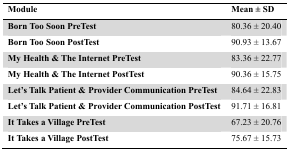
<table><thead><tr><td><b>Module</b></td><td><b>Mean ± SD</b></td></tr></thead><tbody><tr><td><b>Born Too Soon PreTest</b></td><td>80.36 ± 20.40</td></tr><tr><td><b>Born Too Soon PostTest</b></td><td>90.93 ± 13.67</td></tr><tr><td><b>My Health &amp; The Internet PreTest</b></td><td>83.36 ± 22.77</td></tr><tr><td><b>My Health &amp; The Internet PostTest</b></td><td>90.36 ± 15.75</td></tr><tr><td><b>Let’s Talk Patient &amp; Provider Communication PreTest</b></td><td>84.64 ± 22.83</td></tr><tr><td><b>Let’s Talk Patient &amp; Provider Communication PostTest</b></td><td>91.71 ± 16.81</td></tr><tr><td><b>It Takes a Village PreTest</b></td><td>67.23 ± 20.76</td></tr><tr><td><b>It Takes a Village PostTest</b></td><td>75.67 ± 15.73</td></tr></tbody></table>